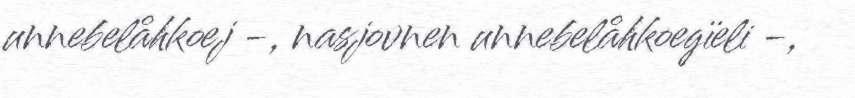
unnebelåhkoej -, nasjovnen unnebelåhkoegïeli -,